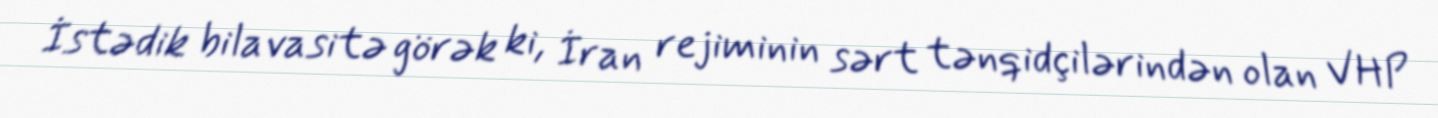
İstədik bilavasitə görək ki, İran rejiminin sərt tənqidçilərindən olan VHP